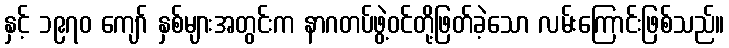
နှင့် ၁၉၇၀ ကျော် နှစ်များအတွင်းက နာဂတပ်ဖွဲ့ဝင်တို့ဖြတ်ခဲ့သော လမ်းကြောင်းဖြစ်သည်။